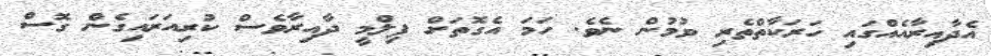
އެދާއިރާއެއްގައި ހަރަކާތްތެރި ވުމުން ނެވެ. ހަމަ އެގޮތަށް ފިލްމީ ދާއިރާވެސް ކުރިއަރައިގެން ގޮސް